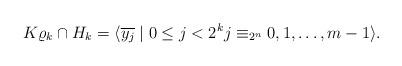
LaTeX: \begin{align*} K \varrho_k \cap H_k = \langle \overline{y_j} \mid 0 \le j < 2^k j \equiv_{2^n} 0,1, \ldots, m-1 \rangle. \end{align*}